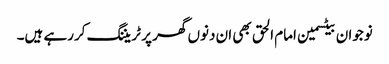
نوجوان بیٹسمین امام الحق بھی ان دنوں گھر پر ٹریننگ کررہے ہیں۔